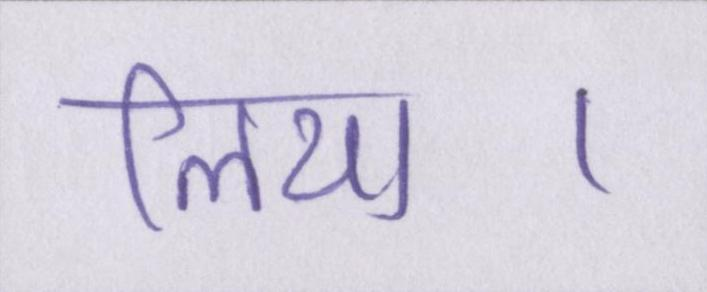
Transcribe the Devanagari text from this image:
लिया।